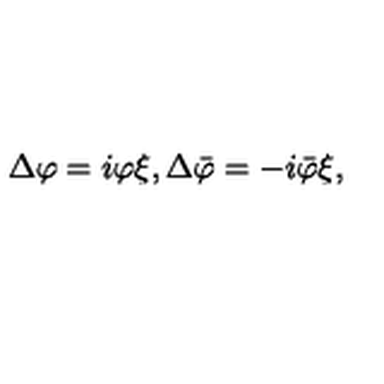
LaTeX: \Delta \varphi = i \varphi \xi , \Delta \bar { \varphi } = - i \bar { \varphi } \xi ,